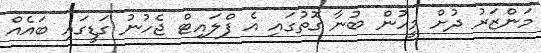
މަންޒަރު ދުށް މީހުން ބުނާ ގޮތުގައި އެ ފްލައިޓް ޖެހުނު ގަޑީގައި ބައެއް